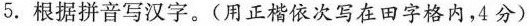
5.根据拼音写汉字。(用正楷依次写在田字格内，4分)